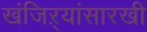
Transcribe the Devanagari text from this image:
खंजिऱ्यांसारखी